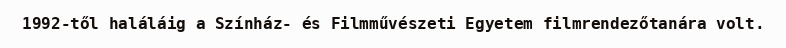
1992-től haláláig a Színház- és Filmművészeti Egyetem filmrendezőtanára volt.